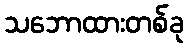
သဘောထားတစ်ခု